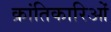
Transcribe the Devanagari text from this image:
क्रांतिकारिओं